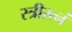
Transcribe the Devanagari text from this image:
स्त्रीरत्नं